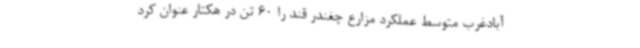
‌آبادغرب متوسط عملکرد مزارع چغندر قند را 60 تن در هکتار عنوان کرد